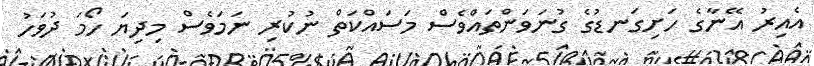
އެއިރު އޭނާގެ ހަށިގަނޑުގެ ގުނަވަންތައްވެސް މަސައްކަތް ނުކުރި ނަމަވެސް މިދިޔަ ހޯމަ ދުވަހު